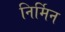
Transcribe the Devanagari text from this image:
निर्मिन